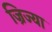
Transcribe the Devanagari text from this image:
ज्रिज्या